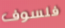
فلسوف